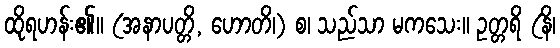
ထိုရဟန်း၏။ (အနာပတ္တိ, ဟောတိ၊) စ၊ သည်သာ မကသေး။ ဥတ္တရိ (နိ၊